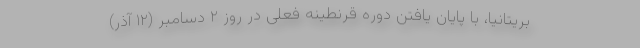
بریتانیا، با پایان یافتن دوره قرنطینه فعلی در روز ۲ دسامبر (۱۲ آذر)